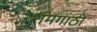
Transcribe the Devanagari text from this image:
रेशमगाठी